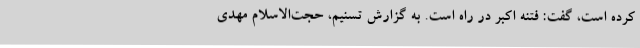
کرده است، گفت: فتنه اکبر در راه است. به گزارش تسنیم، حجت‌الاسلام مهدی